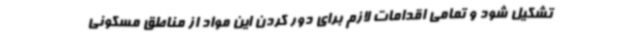
تشکیل شود و تمامی اقدامات لازم برای دور کردن این مواد از مناطق مسکونی